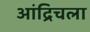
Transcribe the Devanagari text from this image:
आंद्रिचला